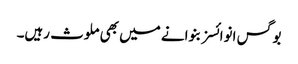
بوگس انوائسز بنوانے میں بھی ملوث رہیں۔